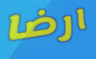
ارضا